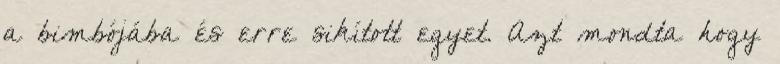
a bimbójába és erre sikított egyet. Azt mondta hogy